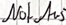
Text: NotAus